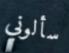
سألوني